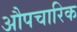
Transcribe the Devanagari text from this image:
अाैपचारिक